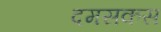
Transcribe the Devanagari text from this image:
दमसकस